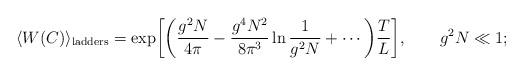
LaTeX: \begin{align*}\langle W(C)\rangle_{\rm ladders}=\exp\biggl[\biggl(\frac{g^2N}{4\pi}-\frac{g^4N^2}{8\pi^3}\ln \frac{1}{g^2N}+\cdots\biggr)\frac{T}{L}\biggr],\qquad g^2N\ll 1; \end{align*}